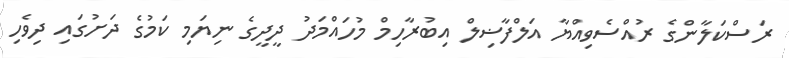
ރަސްކަލާންގެ ރުއްސެވިއްޔާ އަލްފާޟިލް އިބުރާހިމް މުހައްމަދު ދީދީގެ ނިޔަމި ކަމުގެ ދަށުގައި ދިވެހި